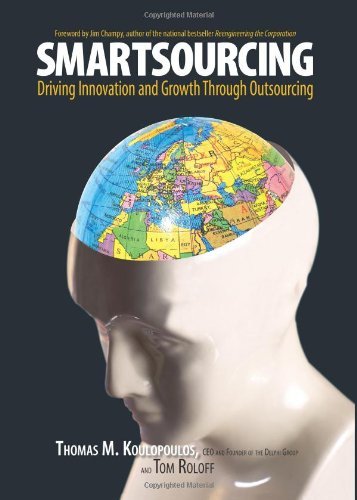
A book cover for Smartsourcing: Driving Innovation and Growth Through Outsourcing [Hardcover] [2006] (Author) Thomas M. Koulopoulos, Tom Roloff; Business & Money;